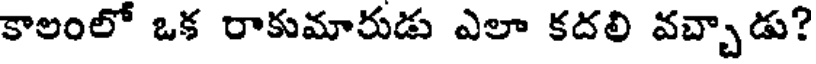
కాలంలో ఒక రాకుమారుడు ఎలా కదలి వచ్చాడు?